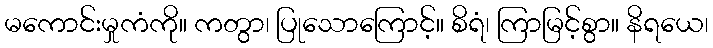
မကောင်းမှုကံကို။ ကတွာ၊ ပြုသောကြောင့်။ စိရံ၊ ကြာမြင့်စွာ။ နိရယေ၊